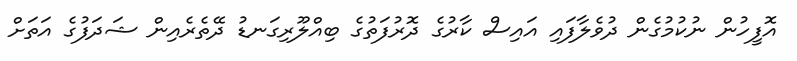
އޮފީހުން ނުކުމުގެން ދުވެލާފައި އައިސް ކާރުގެ ދޮރުފަތުގެ ބިއްލޫރިގަނޑު ދޭތެރެއިން ޝަދަފުގެ އަތަށް